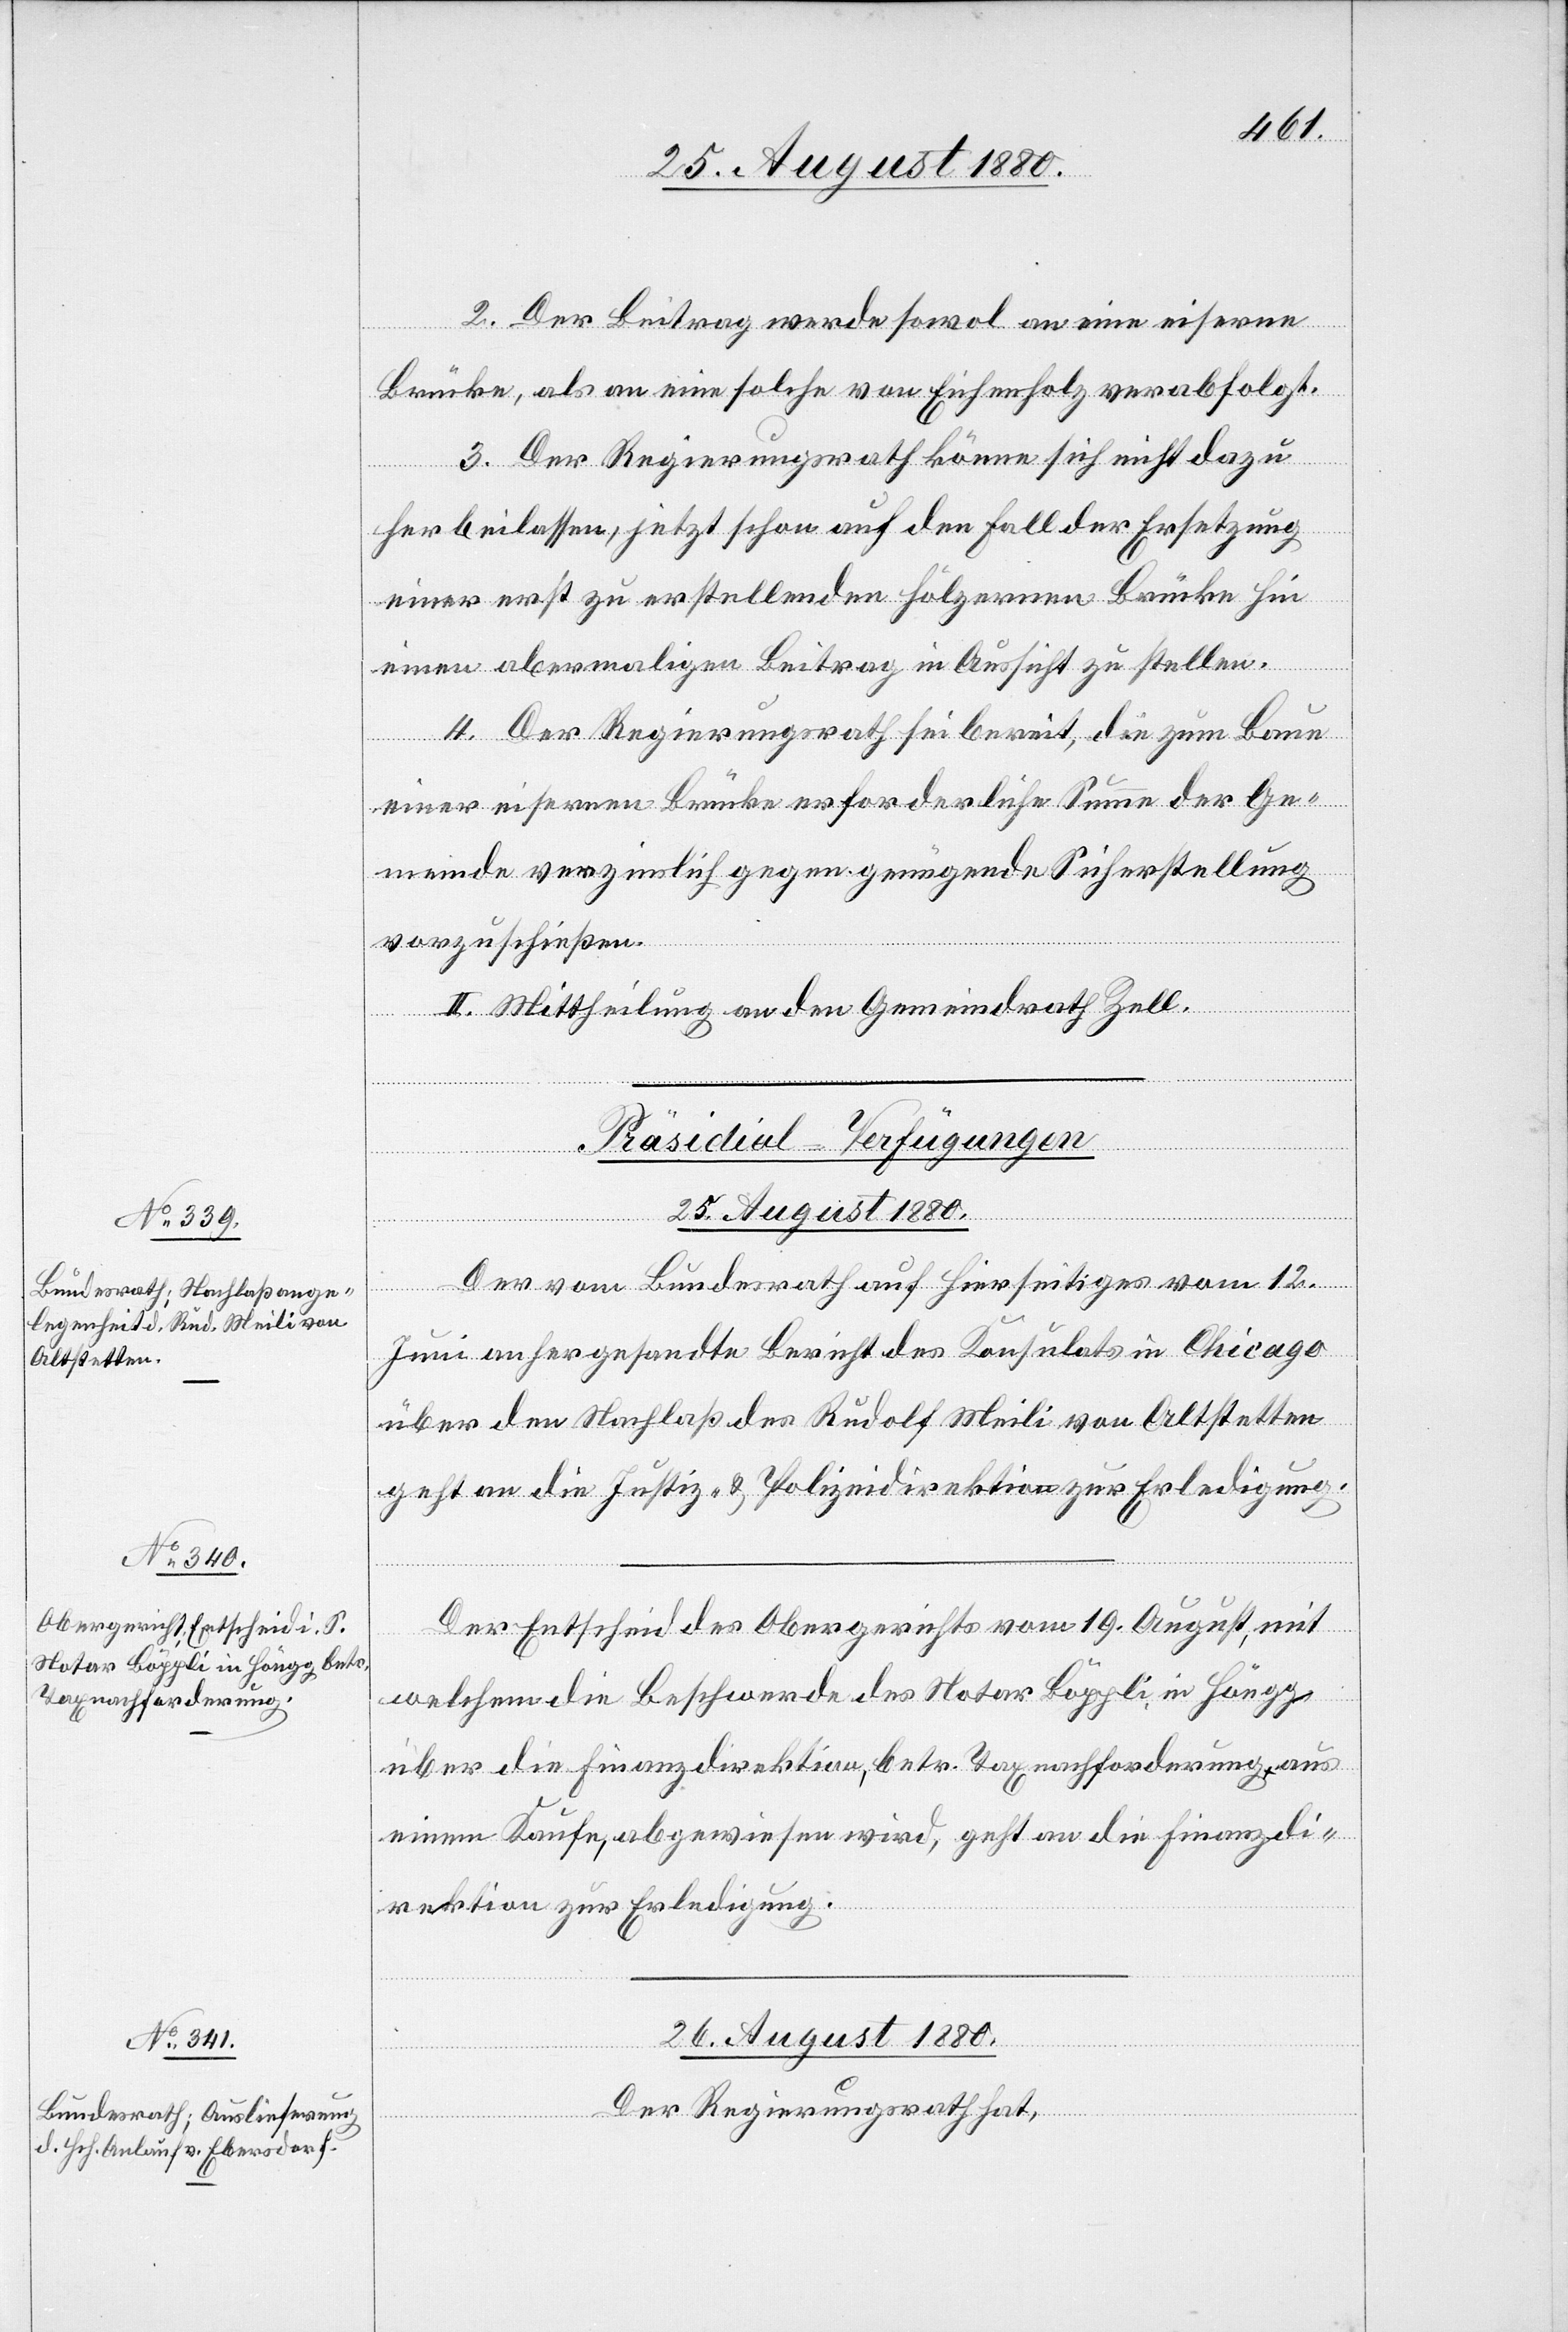
2. Der Beitrag werde sowol an eine eiserne
Brücke, als an eine solche von Eichenholz verabfolgt.
3. Der Regierungsrath könne sich nicht dazu
herbeilassen, jetzt schon auf den Fall der Ersetzung
einer erst zu erstellenden hölzernen Brücke hin
einen abermaligen Beitrag in Aussicht zu stellen.
4. Der Regierungsrath sei bereit, die zum Baue
einer eisernen Brücke erforderliche Summe der Ge¬
meinde verzinslich gegen genügende Sicherstellung
vorzuschießen.
II. Mittheilung an den Gemeindrath Zell.
[Präsidial-Verfügungen]
25. August 1880.]
Der vom Bundesrath auf hierseitiges vom 12.
Juni anhergesandte Bericht des Konsulats in Chicago
über den Nachlaß des Rudolf Meili von Altstetten
geht an die Justiz- & Polizeidirektion zur Erledigung.
Der Entscheid des Obergerichtes vom 19. August, mit
welchem die Beschwerde des Notar Böppli in Höngg
über die Finanzdirektion, betr. Taxnachforderung aus
einem Kaufe, abgewiesen wird, geht an die Finanzdi¬
rektion zur Erledigung.
26. August 1880.
Der Regierungsrath hat,